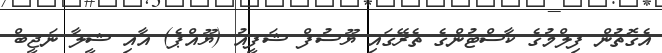
އެގޮތުން ފިލްމުގެ ކާސްޓުންގެ ތެރޭގައި ޔޫސުފް ޝަފީއު (ޔޫއްޕެ) އާއި ޝީލާ ނަޖީބް